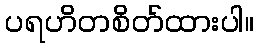
ပရဟိတစိတ်ထားပါ။